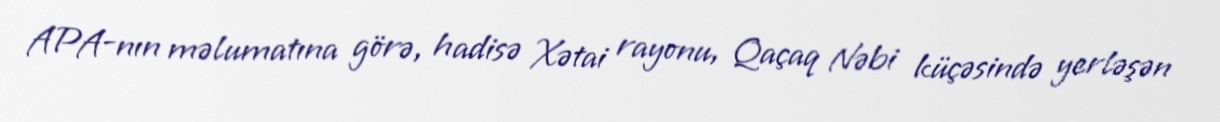
APA-nın məlumatına görə, hadisə Xətai rayonu, Qaçaq Nəbi küçəsində yerləşən